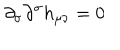
\partial _ { \sigma } \partial ^ { \sigma } h _ { \mu \nu } = 0